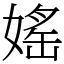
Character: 媱